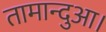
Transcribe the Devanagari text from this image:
तामान्दुआ।